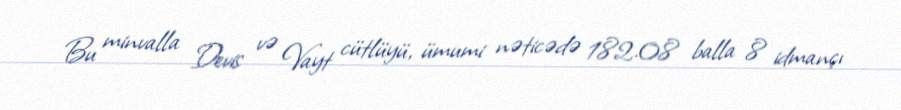
Bu minvalla Devis və Vayt cütlüyü, ümumi nəticədə 182.08 balla 8 idmançı